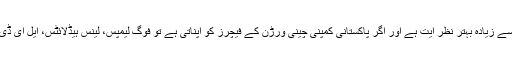
مہران کے مقابلے میں یہ گاڑی ڈیزائن کے لحاظ سے زیادہ بہتر نظر آیت ہے اور اگر پاکستانی کمپنی چینی ورڑن کے فیچرز کو اپناتی ہے تو فوگ لیمپس، لینس ہیڈلائٹس، ایل ای ڈی بریک لائٹس اور دیگر اس کا حصہ ہوسکتے ہیں۔